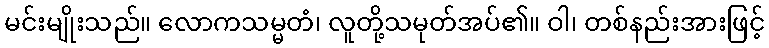
မင်းမျိုးသည်။ လောကသမ္မတံ၊ လူတို့သမုတ်အပ်၏။ ဝါ၊ တစ်နည်းအားဖြင့်